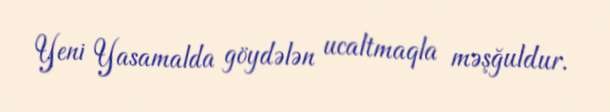
Yeni Yasamalda göydələn ucaltmaqla məşğuldur.